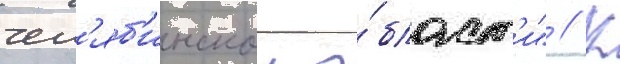
чел'яб'инскои о́бласт'и" // К